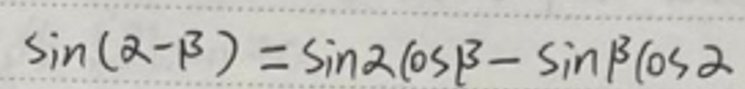
\(\sin(\alpha - \beta)=\sin\alpha\cos\beta-\sin\beta\cos\alpha\)